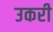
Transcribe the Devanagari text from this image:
उकरी